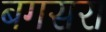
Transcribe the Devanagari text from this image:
बगसरा